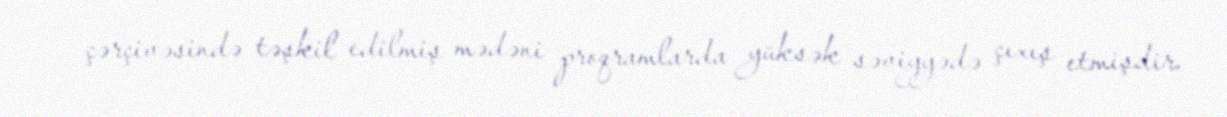
çərçivəsində təşkil edilmiş mədəni proqramlarda yüksək səviyyədə çıxış etmişdir.